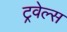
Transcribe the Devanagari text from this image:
ट्रवेल्स